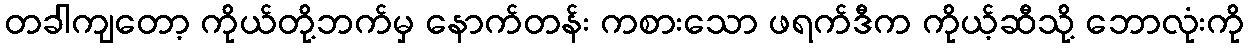
တခါကျတော့ ကိုယ်တို့ဘက်မှ နောက်တန်း ကစားသော ဖရက်ဒီက ကိုယ့်ဆီသို့ ဘောလုံးကို